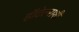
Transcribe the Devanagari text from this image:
हॉटेल्सशी